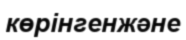
көрінгенжәне